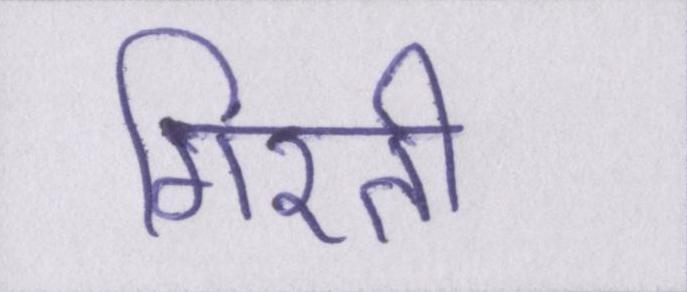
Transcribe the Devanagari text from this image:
गिरती